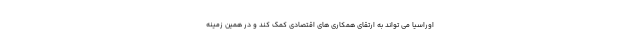
اوراسیا می تواند به ارتقای همکاری های اقتصادی کمک کند و در همین زمینه